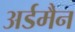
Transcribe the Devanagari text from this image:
अर्डमैन